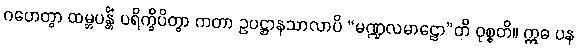
ဂဟေတွာ ထမ္ဘပန္တိံ ပရိက္ခိပိတွာ ကတာ ဥပဋ္ဌာနသာလာပိ “မဏ္ဍလမာဠော”တိ ဝုစ္စတိ။ ဣဓ ပန